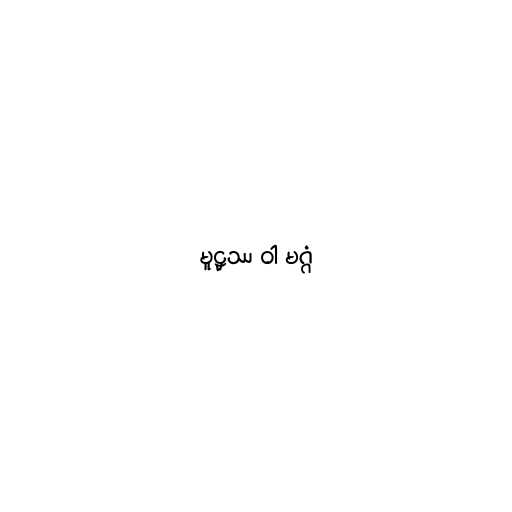
မူဠှဿ ဝါ မဂ္ဂံ